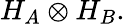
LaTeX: H_{A}\otimes H_{B}.